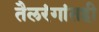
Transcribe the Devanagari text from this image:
तैलरंगांतही